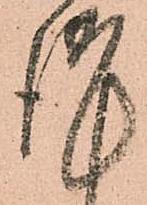
謹